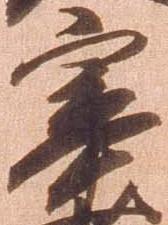
宰